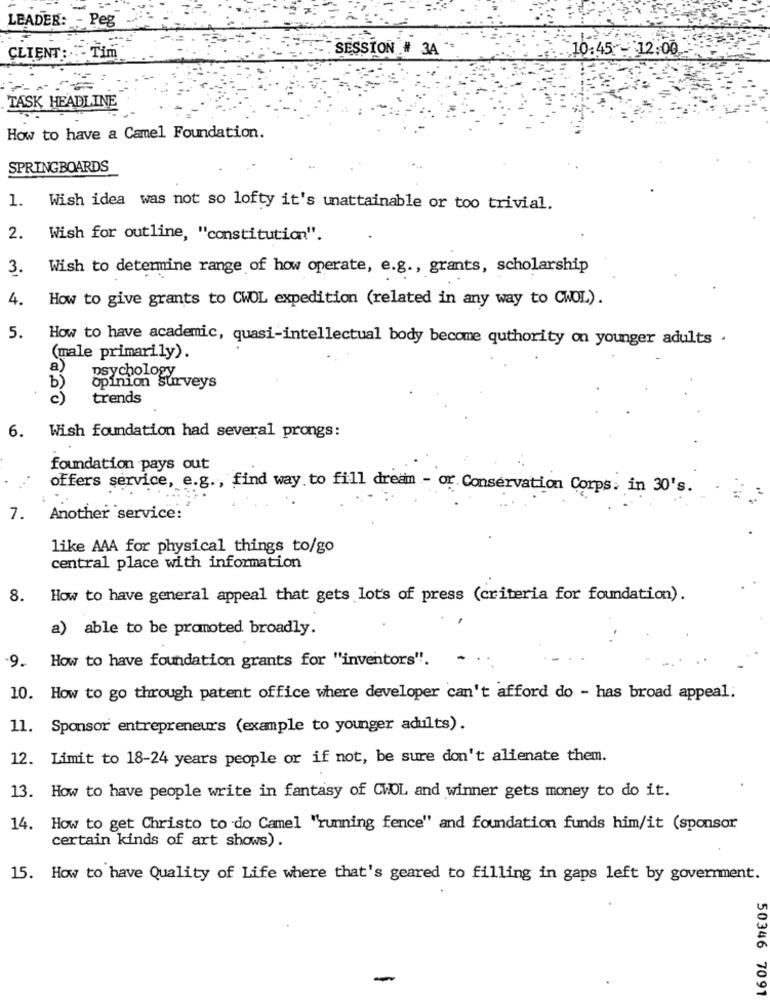
LEADER: - Peg
SESSION # 3A "
:- 10:45 - 12:00
CLIENT :- Tim
TASK HEADLINE
How to have a Camel Foundation.
SPRINGBOARDS
1. Wish idea was not so lofty it's unattainable or too trivial.
2. Wish for outline, "constitution".
3.
Wish to determine range of how operate, e.g ., grants, scholarship
4.
How to give grants to CWOL expedition (related in any way to CHOL).
5.
How to have academic, quasi-intellectual body become quthority on younger adults .
(male primarily).
a)
psychology
b)
opinion Surveys
trends
6. Wish foundation had several prongs:
foundation pays out
offers service, e.g ., find way to fill dream - or Conservation Corps: in 30's.
7.
Another service:
like AAA for physical things to/go
central place with information
8.
How to have general appeal that gets lots of press (criteria for foundation).
a) able to be promoted broadly.
How to have foundation grants for "inventors".
-9.
10. How to go through patent office where developer can't afford do - has broad appeal:
11. Sponsor entrepreneurs (example to younger adults).
12. Limit to 18-24 years people or if not, be sure don't alienate them.
13. How to have people write in fantasy of CWOL and winner gets money to do it.
14. How to get Christo to do Camel "running fence" and foundation funds him/it (sponsor
certain kinds of art shows).
15. How to have Quality of Life where that's geared to filling in gaps left by government.
-
50346 7091